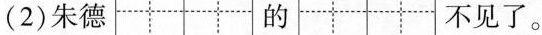
(2)朱德 的 不见了。